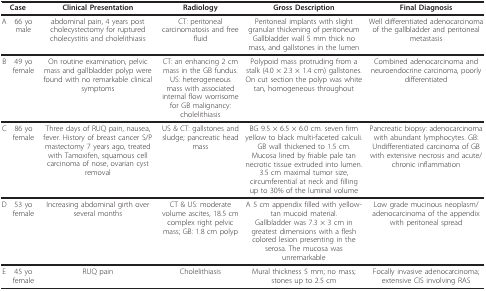
| <COLSPAN=2> Case | Clinical Presentation | Radiology | Gross Description | Final Diagnosis |
 | --- | --- | --- | --- | --- | --- |
 | A | 66 yo male | abdominal pain, 4 years post cholecystectomy for ruptured cholecystitis and cholelithiasis | CT: peritoneal carcinomatosis and free fluid | Peritoneal implants with slight granular thickening of peritoneumGallbladder wall 5 mm thick no mass, and gallstones in the lumen | Well differentiated adenocarcinoma of the gallbladder and peritoneal metastasis |
 | B | 49 yo female | On routine examination, pelvic mass and gallbladder polyp were found with no remarkable clinical symptoms | CT: an enhancing 2 cm mass in the GB fundus.US: heterogeneous mass with associated internal flow worrisome for GB malignancy: cholelithiasis | Polypoid mass protruding from a stalk (4.0 × 2.3 × 1.4 cm) gallstones. On cut section the polyp was white tan, homogeneous throughout | Combined adenocarcinoma and neuroendocrine carcinoma, poorly differentiated |
 | C | 86 yo female | Three days of RUQ pain, nausea, fever. History of breast cancer S/P mastectomy 7 years ago, treated with Tamoxifen, squamous cell carcinoma of nose, ovarian cyst removal | US & CT: gallstones and sludge; pancreatic head mass | BG 9.5 × 6.5 × 6.0 cm. seven firm yellow to black multi-faceted calculi. GB wall thickened to 1.5 cm. Mucosa lined by friable pale tan necrotic tissue extruded into lumen. 3.5 cm maximal tumor size, circumferential at neck and filling up to 30% of the luminal volume | Pancreatic biopsy: adenocarcinoma with abundant lymphocytes. GB: Undifferentiated carcinoma of GB with extensive necrosis and acute/chronic inflammation |
 | D | 53 yo female | Increasing abdominal girth over several months | CT & US: moderate volume ascites, 18.5 cm complex right pelvic mass; GB: 1.8 cm polyp | A 5 cm appendix filled with yellow-tan mucoid material.Gallbladder was 7.3 × 3 cm in greatest dimensions with a flesh colored lesion presenting in the serosa. The mucosa was unremarkable | Low grade mucinous neoplasm/adenocarcinoma of the appendix with peritoneal spread |
 | E | 45 yo female | RUQ pain | Cholelithiasis | Mural thickness 5 mm; no mass; stones up to 2.5 cm | Focally invasive adenocarcinoma; extensive CIS involving RAS |